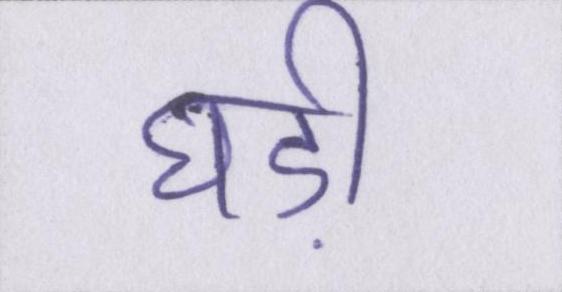
घड़ी